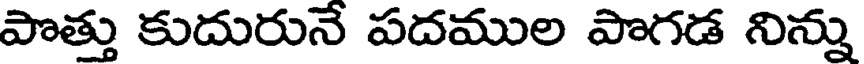
పొత్తు కుదురునే పదముల పొగడ నిన్ను